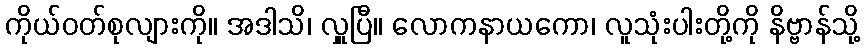
ကိုယ်ဝတ်စုလျားကို။ အဒါသိ၊ လှူပြီ။ လောကနာယကော၊ လူသုံးပါးတို့ကို နိဗ္ဗာန်သို့